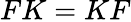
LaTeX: FK=KF